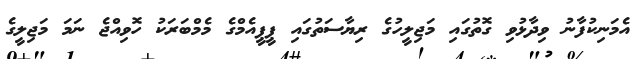
އެމަނިކުފާނު ވިދާޅުވި ގޮތުގައި މަޖިލީހުގެ ރިޔާސަތުގައި ޕީޕީއެމްގެ މެމްބަރަކު ހޮވިއްޖެ ނަމަ މަޖިލީގެ